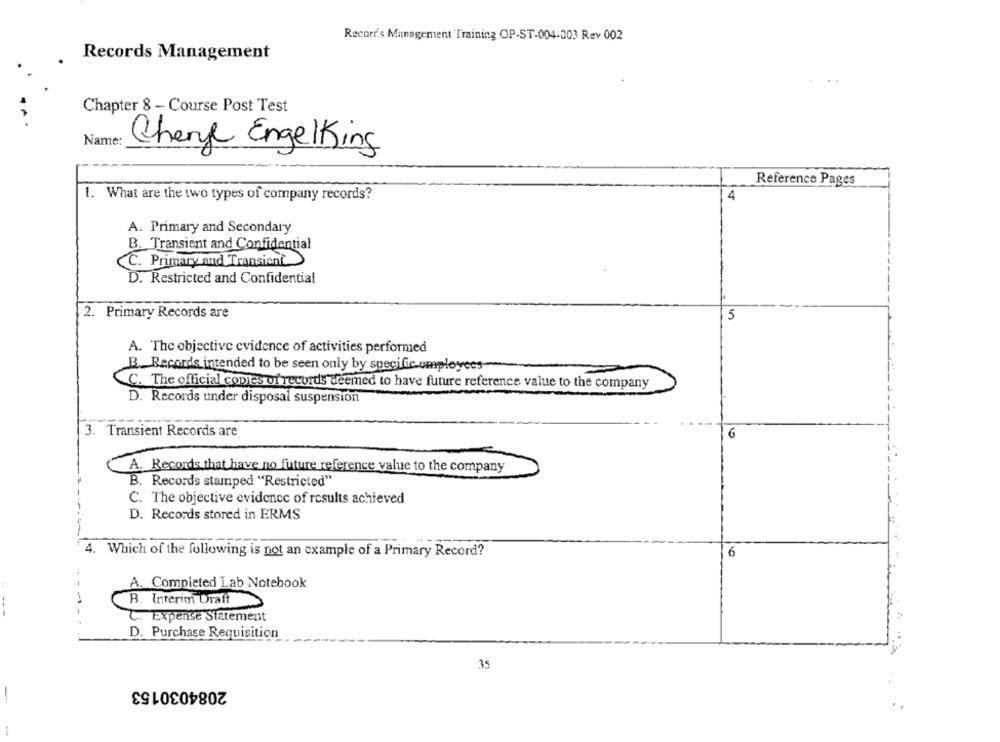
Records Management Training OP-ST-004-003 Rev 002
Records Management
Chapter 8 - Course Post Test
Name:
Chenye Engelking
Reference Pages
1. What are the two types of company records?
4
A. Primary and Secondary
B. Transient and Confidential
C. Primary and Transient
D. Restricted and Confidential
2. Primary Records are
5
A. The objective evidence of activities performed
B. Records intended to be seen only by specific employees
C. The official copies of records deemed to have future reference value to the company
D. Records under disposal suspensión
3. Transient Records are
6
A. Records that have no future reference value to the company
B. Records stamped "Restricted"
C. The objective evidence of results achieved
D. Records stored in ERMS
4. Which of the following is not an example of a Primary Record?
6
A. Completed Lab Notebook
B. Interim Draff
C. Expense Statement
D. Purchase Requisition
35
2084030153
-